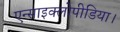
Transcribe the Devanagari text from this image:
एन्साइक्लोपीडिया।